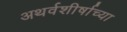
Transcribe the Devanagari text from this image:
अथर्वशीर्षाच्या